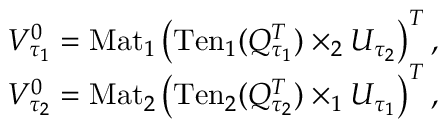
\begin{array} { r } { V _ { \tau _ { 1 } } ^ { 0 } = \mathrm { M a t } _ { 1 } \left( \mathrm { T e n } _ { 1 } ( Q _ { \tau _ { 1 } } ^ { T } ) \times _ { 2 } U _ { \tau _ { 2 } } \right) ^ { T } , } \\ { V _ { \tau _ { 2 } } ^ { 0 } = \mathrm { M a t } _ { 2 } \left( \mathrm { T e n } _ { 2 } ( Q _ { \tau _ { 2 } } ^ { T } ) \times _ { 1 } U _ { \tau _ { 1 } } \right) ^ { T } , } \end{array}